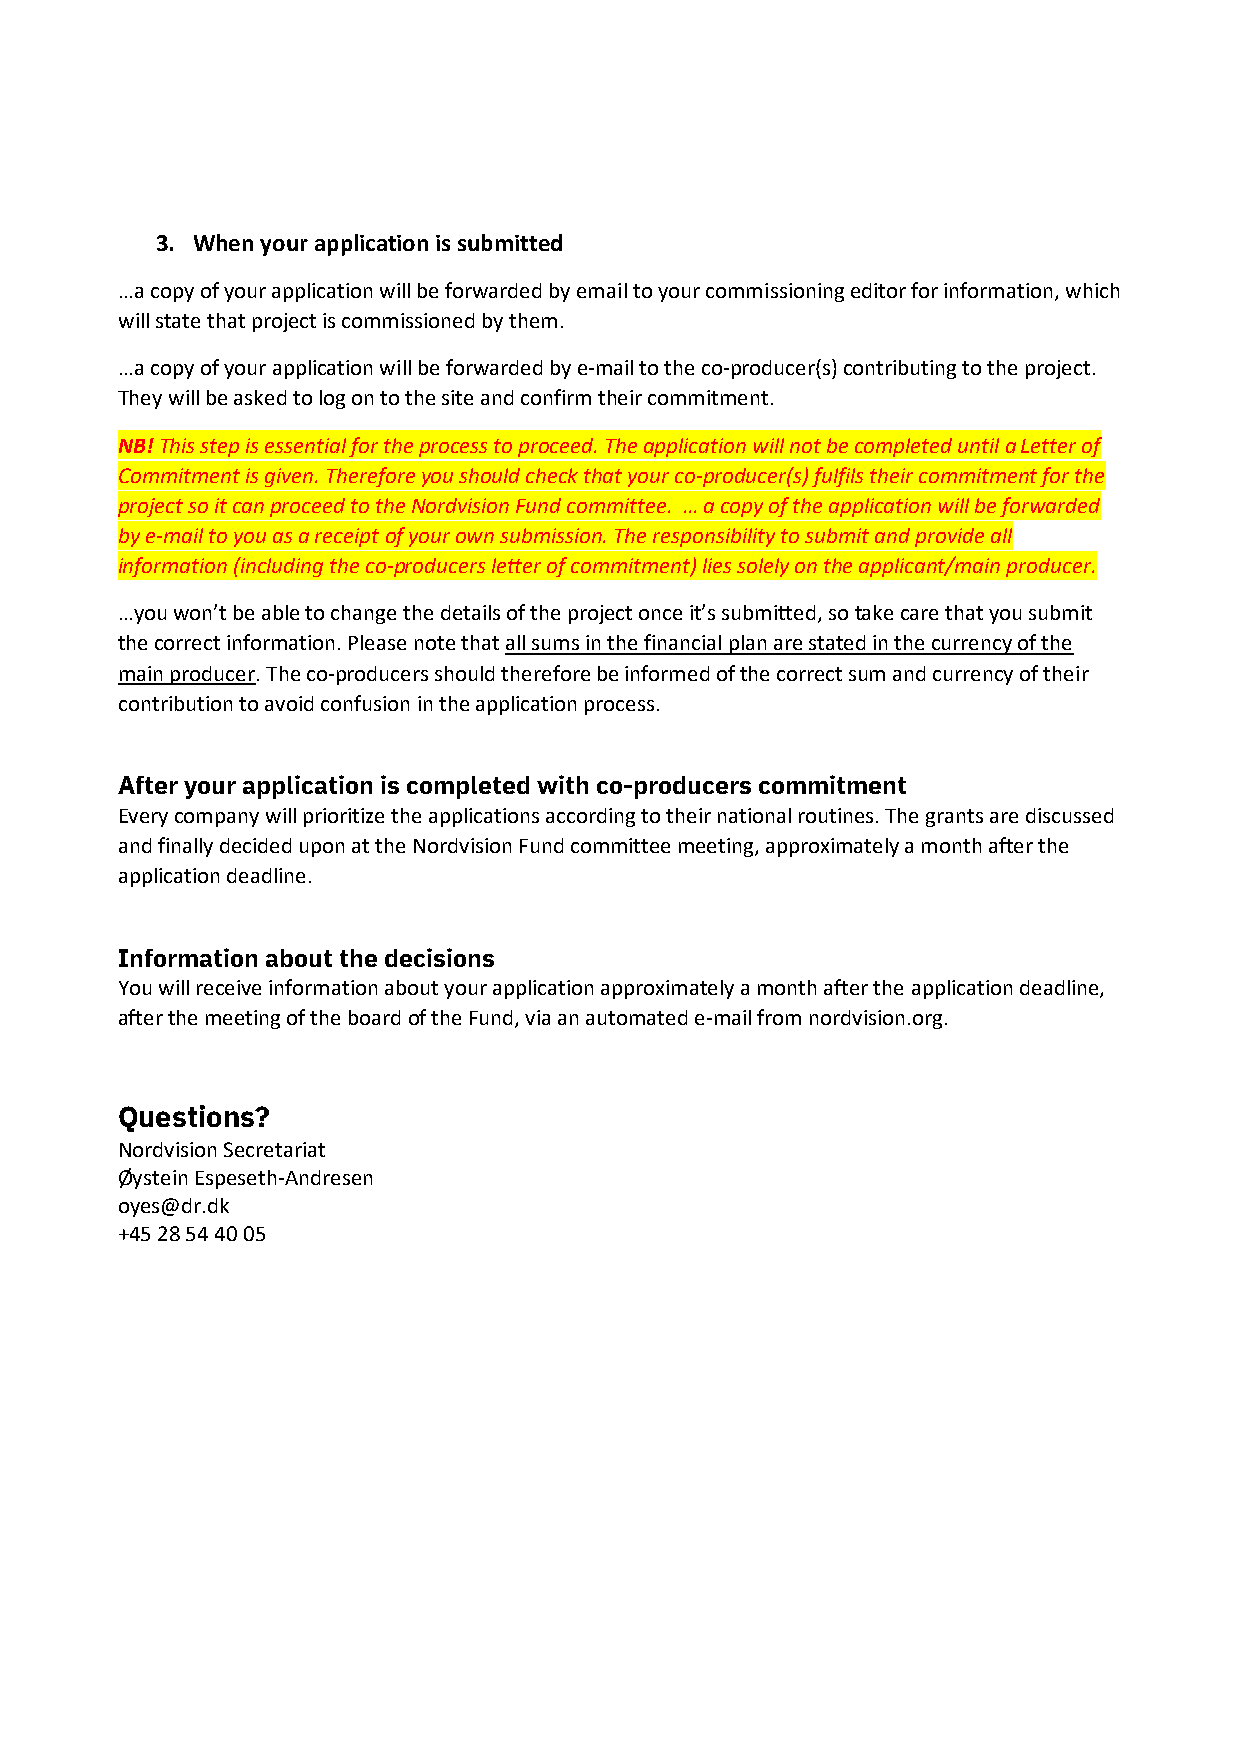
3. When your application is submitted
 …a copy of your application will be forwarded by email to your commissioning editor for information, which
 will state that project is commissioned by them.
 …a copy of your application will be forwarded by e-mail to the co-producer(s) contributing to the project.
 They will be asked to log on to the site and confirm their commitment.
 NB! This step is essential for the process to proceed. The application will not be completed until a Letter of
 Commitment is given. Therefore you should check that your co-producer(s) fulfils their commitment for the
 project so it can proceed to the Nordvision Fund committee. … a copy of the application will be forwarded
 by e-mail to you as a receipt of your own submission. The responsibility to submit and provide all
 information (including the co-producers letter of commitment) lies solely on the applicant/main producer.
 …you won’t be able to change the details of the project once it’s submitted, so take care that you submit
 the correct information. Please note that all sums in the financial plan are stated in the currency of the
 main producer. The co-producers should therefore be informed of the correct sum and currency of their
 contribution to avoid confusion in the application process.
 After your application is completed with co-producers commitment
 Every company will prioritize the applications according to their national routines. The grants are discussed
 and finally decided upon at the Nordvision Fund committee meeting, approximately a month after the
 application deadline.
 Information about the decisions
 You will receive information about your application approximately a month after the application deadline,
 after the meeting of the board of the Fund, via an automated e-mail from nordvision.org.
 Questions?
 Nordvision Secretariat
 Øystein Espeseth-Andresen
 oyes@dr.dk
 +45 28 54 40 05